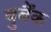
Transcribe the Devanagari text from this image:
बुर्बैंक